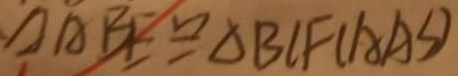
\Delta A B E \cong \Delta B C F ( A A S )